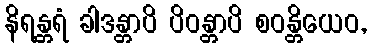
နိရန္တရံ ခါဒန္တာပိ ပိဝန္တာပိ စဝန္တိယေဝ,